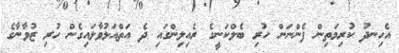
އެހިނދު ކުރިމަތިން ފެންނަން ހުރި ބެލްކަނީގެ ރެއިލިންގައި ދެ އަތްއަޅުވާލައިގެން ހުރި ޒުވާނާގެ